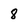
Character: 8